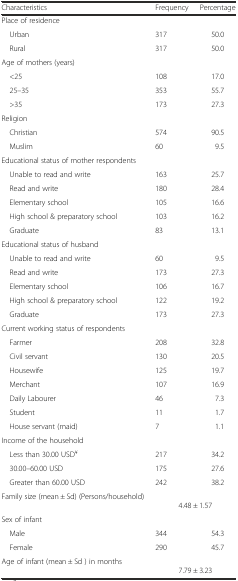
| Characteristics | Frequency | Percentage |
 | --- | --- | --- |
 | Place of residence |  |  |
 | Urban | 317 | 50.0 |
 | Rural | 317 | 50.0 |
 | Age of mothers (years) |  |  |
 | <25 | 108 | 17.0 |
 | 25–35 | 353 | 55.7 |
 | >35 | 173 | 27.3 |
 | Religion |  |  |
 | Christian | 574 | 90.5 |
 | Muslim | 60 | 9.5 |
 | Educational status of mother respondents |  |  |
 | Unable to read and write | 163 | 25.7 |
 | Read and write | 180 | 28.4 |
 | Elementary school | 105 | 16.6 |
 | High school & preparatory school | 103 | 16.2 |
 | Graduate | 83 | 13.1 |
 | Educational status of husband |  |  |
 | Unable to read and write | 60 | 9.5 |
 | Read and write | 173 | 27.3 |
 | Elementary school | 106 | 16.7 |
 | High school & preparatory school | 122 | 19.2 |
 | Graduate | 173 | 27.3 |
 | Current working status of respondents |  |  |
 | Farmer | 208 | 32.8 |
 | Civil servant | 130 | 20.5 |
 | Housewife | 125 | 19.7 |
 | Merchant | 107 | 16.9 |
 | Daily Labourer | 46 | 7.3 |
 | Student | 11 | 1.7 |
 | House servant (maid) | 7 | 1.1 |
 | Income of the household |  |  |
 | Less than 30.00 USD¥ | 217 | 34.2 |
 | 30.00–60.00 USD | 175 | 27.6 |
 | Greater than 60.00 USD | 242 | 38.2 |
 | Family size (mean ± Sd) (Persons/household) | <COLSPAN=2> 4.48 ± 1.57 |
 | Sex of infant | <COLSPAN=2>  |
 | Male | 344 | 54.3 |
 | Female | 290 | 45.7 |
 | Age of infant (mean ± Sd ) in months | <COLSPAN=2> 7.79 ± 3.23 |